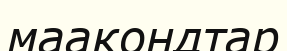
маакондтар